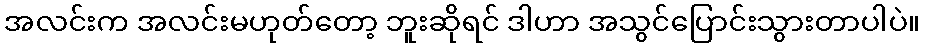
အလင်းက အလင်းမဟုတ်တော့ ဘူးဆိုရင် ဒါဟာ အသွင်ပြောင်းသွားတာပါပဲ။